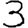
Digit: 3